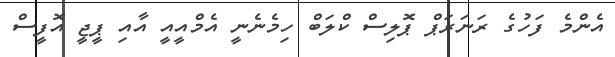
އެންމެ ފަހުގެ ރަނަރަޕް ޕޮލިސް ކްލަބް ހިމެނެނީ އެމްއީއީ އާއި ޕީޖީ އޮފީސް